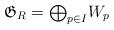
LaTeX: \begin{align*}\mathfrak{G}_{R}={\textstyle\bigoplus_{p\in I}}W_{p}\end{align*}